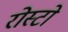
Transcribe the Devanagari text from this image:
रोस्टो